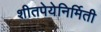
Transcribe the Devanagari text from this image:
शीतपेयेनिर्मिती